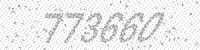
Solution: 773660